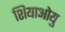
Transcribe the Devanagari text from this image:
शियाओयु